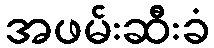
အဖမ်းဆီးခံ